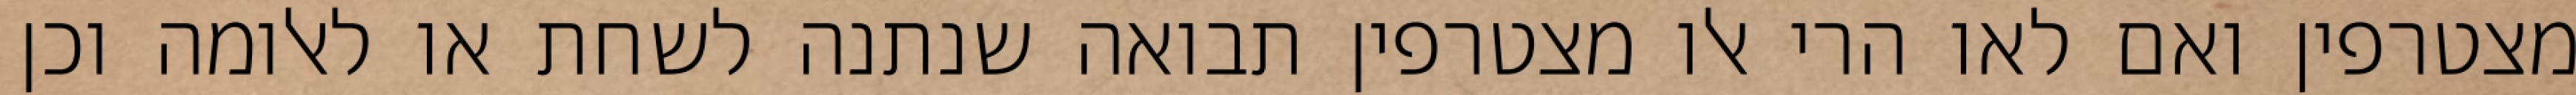
מצטרפין ואם לאו הרי אלו מצטרפין תבואה שנתנה לשחת או לאלומה וכן